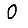
Digit: 0